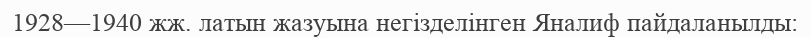
1928—1940 жж. латын жазуына негізделінген Яналиф пайдаланылды: